NAE_ERA_R-1765_ENSV_Kirjanike_Liit_1945-1955, lk 11
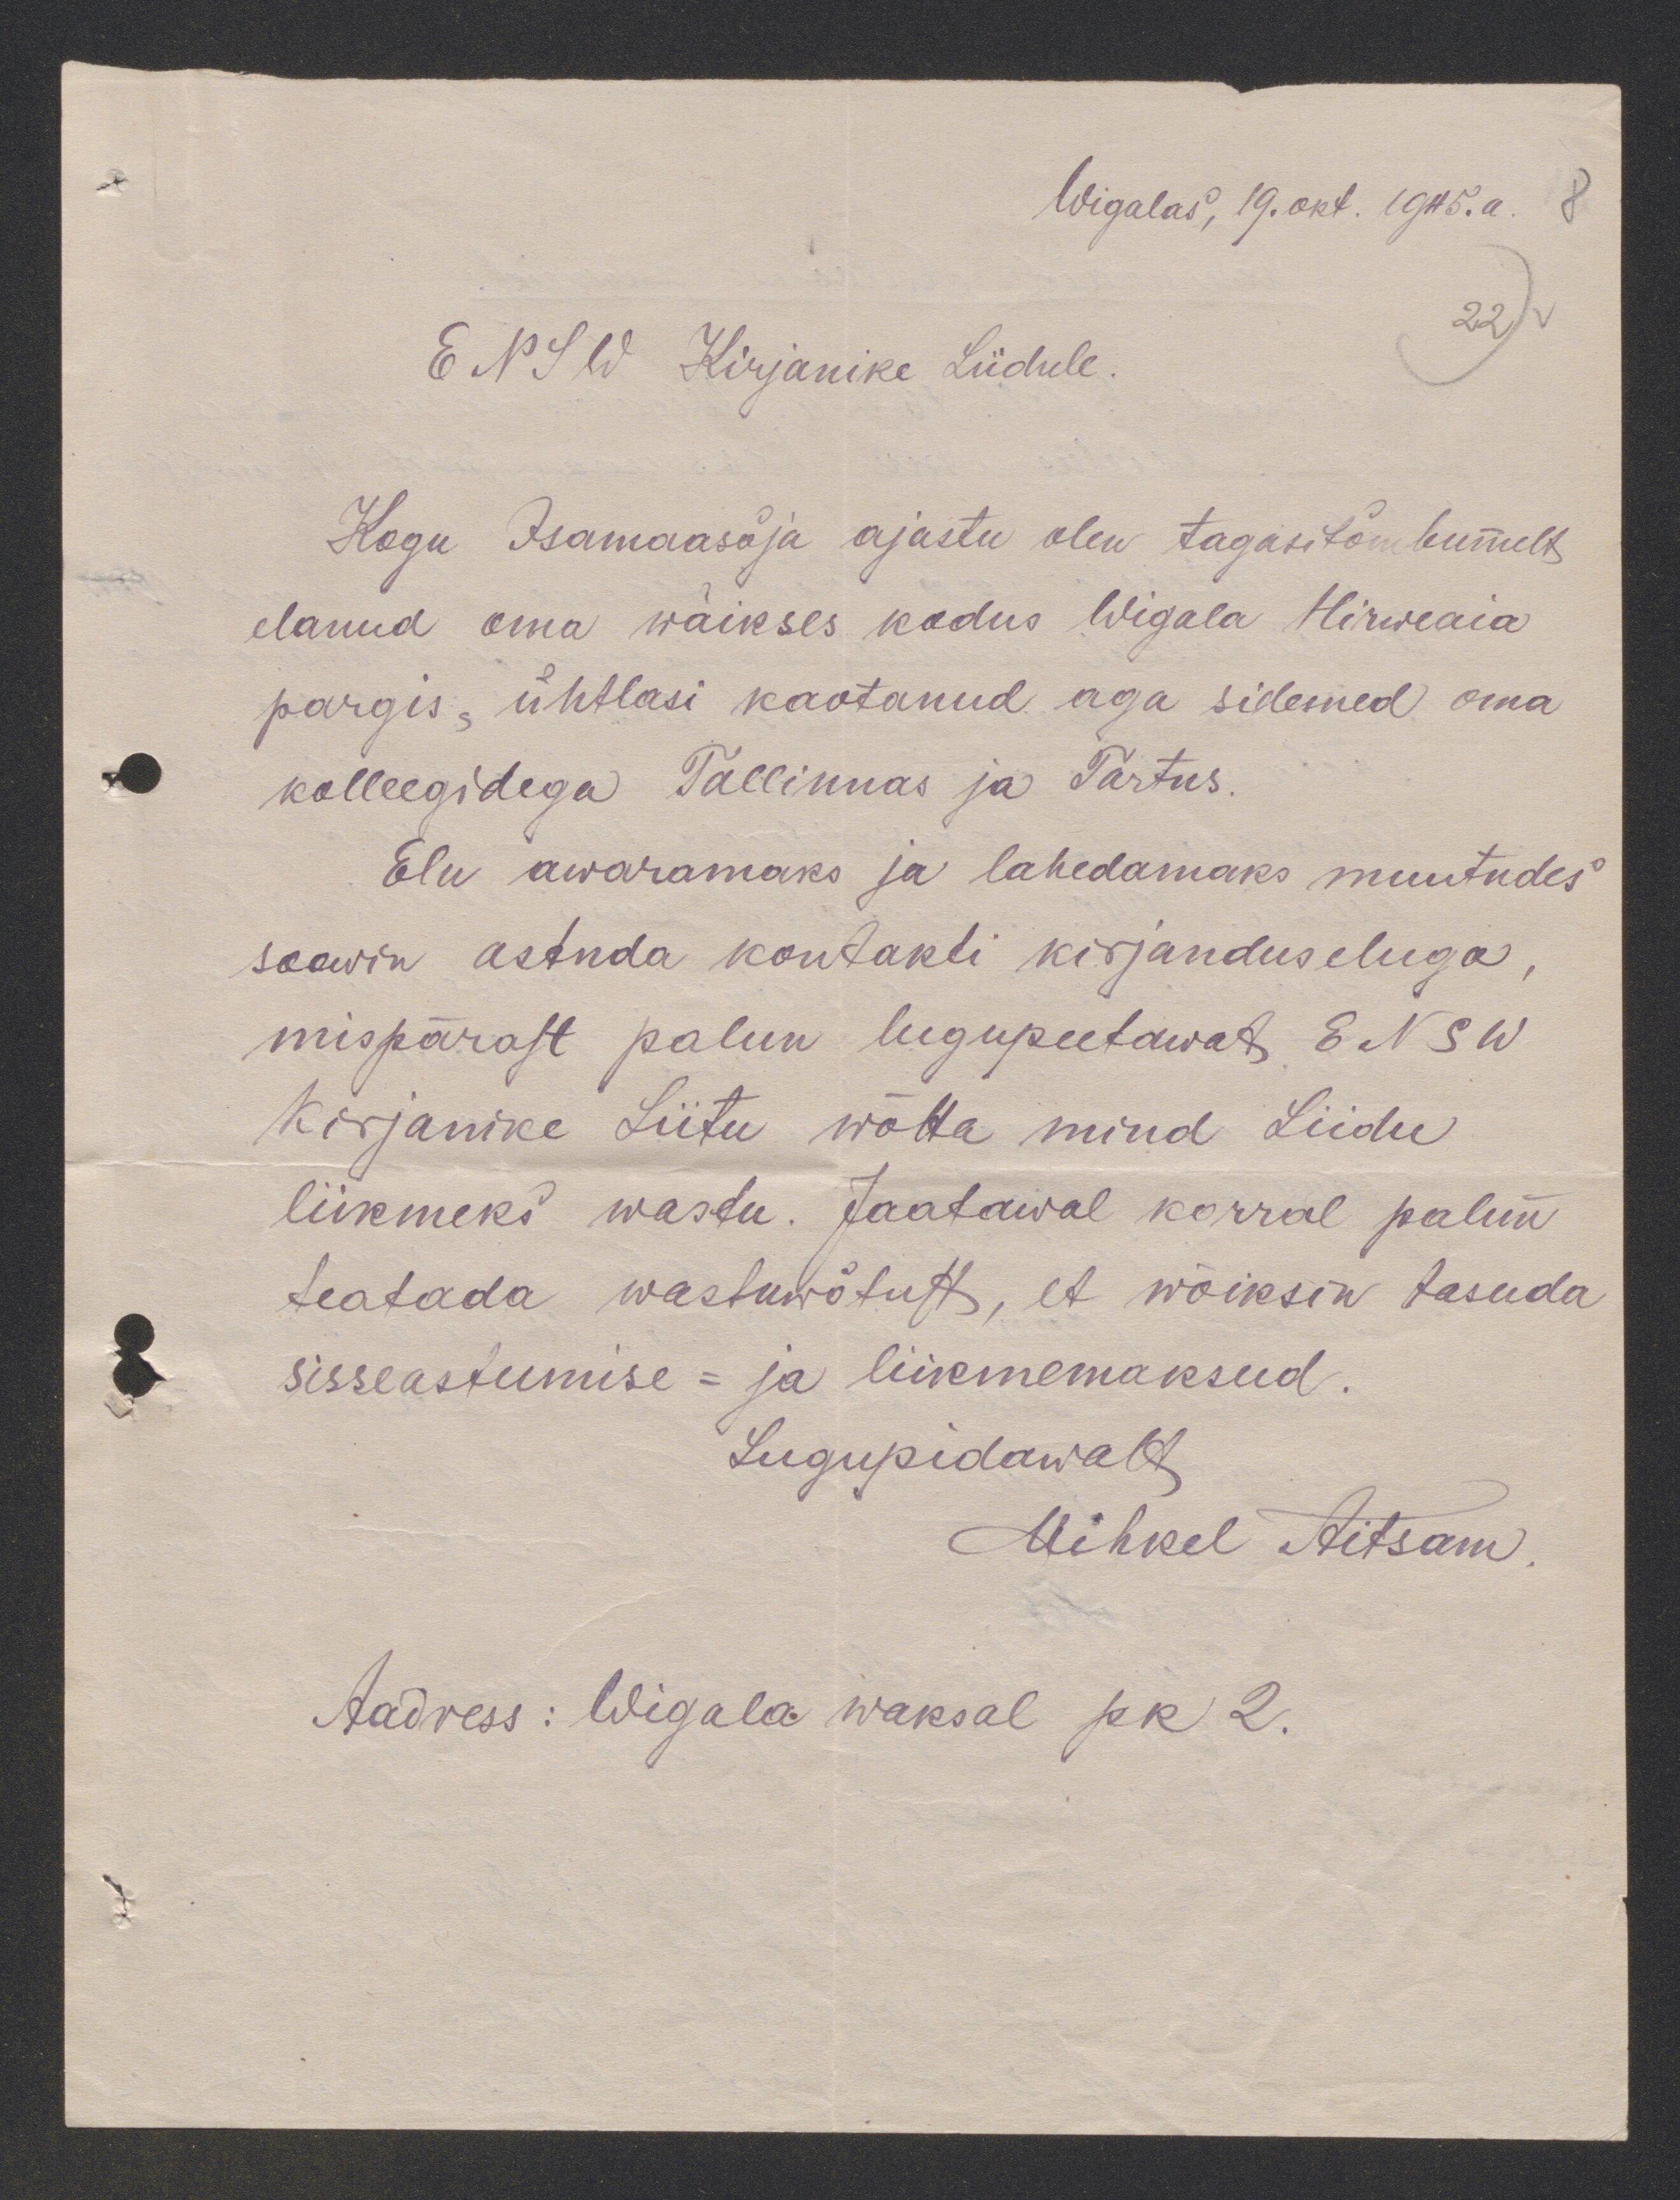
Wigalas, 19. okt. 1945. a.
ENSW Kirjanike Liidule.
Kogu Isamaasõja ajastu olen tagasitõmbunult
elanud oma wäikses kodus Wigala Hirweaia
pargis, ühtlasi kaotanud aga sidemed oma
kolleegidega Tallinnas ja Tartus.
Elu awaramaks ja lahedamaks muutudes
soowin astuda kontakli kirjanduseluga,
mispärast palun lugupeetawat ENSW
Kirjanike Liitu wõtta mind Liidu
liikmeks wastu. Jaatawal korral palun
teatada wastuwõtust, et wõiksin tasuda
sisseastumise- ja liikmemaksud.
Lugupidawalt,
Mihkel Aitsam.
Aadress: Wigala waksal pk 2.